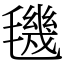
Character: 𣰈